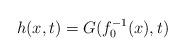
LaTeX: \begin{align*}h(x,t)=G(f_{0}^{-1}(x),t)\end{align*}